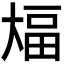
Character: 𫯫